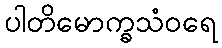
ပါတိမောက္ခသံဝရေ